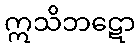
ဣသိဘဋော